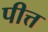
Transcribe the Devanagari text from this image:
पीत्त